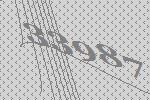
33987